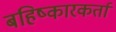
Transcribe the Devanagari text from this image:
बहिष्कारकर्ता